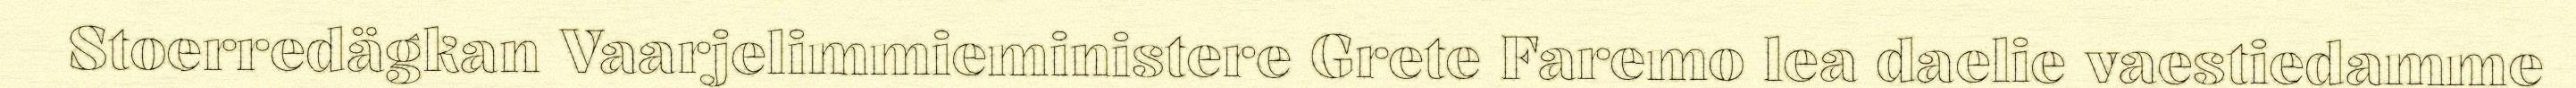
Stoerredägkan Vaarjelimmieministere Grete Faremo lea daelie vaestiedamme